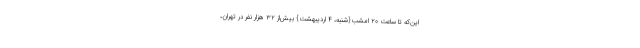
این‌که تا ساعت ۲۰ امشب{شنبه، ۴ اردیبهشت} بیش‌از ۳۲ هزار نفر در تهران،